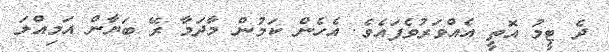
ދެ ޓީމުު އޮތީ އެއްވަރުވެފައެވެ. އެހެން ކަމުން މާދަމާ ރޭ ބަޔާން އަމިއްލަ